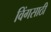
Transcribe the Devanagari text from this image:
विंगसाठी